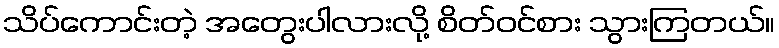
သိပ်ကောင်းတဲ့ အတွေးပါလားလို့ စိတ်ဝင်စား သွားကြတယ်။